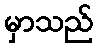
မှာသည်